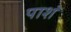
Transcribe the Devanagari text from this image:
पाशं